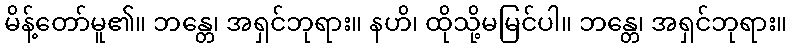
မိန့်တော်မူ၏။ ဘန္တေ၊ အရှင်ဘုရား။ နဟိ၊ ထိုသို့မမြင်ပါ။ ဘန္တေ၊ အရှင်ဘုရား။